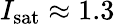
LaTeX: I_{\mathrm{sat}}\approx 1.3